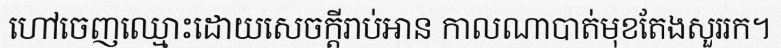
ហៅចេញឈ្មោះដោយសេចក្តីរាប់អាន កាលណាបាត់មុខតែងសួររក។